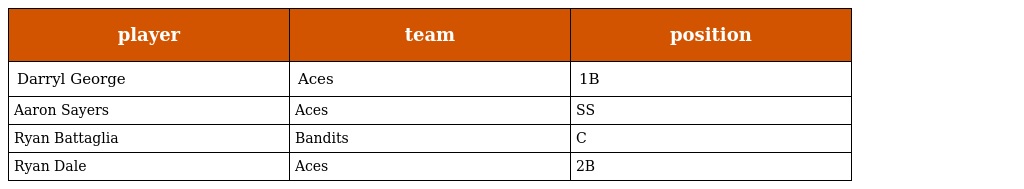
| player | team | position |
 | --- | --- | --- |
 | Darryl George | Aces | 1B |
 | Aaron Sayers | Aces | SS |
 | Ryan Battaglia | Bandits | C |
 | Ryan Dale | Aces | 2B |